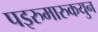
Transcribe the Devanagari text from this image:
पइरुमारुकयुन